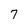
Character: 7